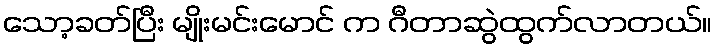
သော့ခတ်ပြီး မျိုးမင်းမောင် က ဂီတာဆွဲထွက်လာတယ်။